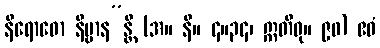
နိရောဓော နိဗ္ဗာန”န္တိ (အ။ နိ။ ၄။၃၄၊ ဣတိဝု။ ၉၀) ဧဝံ